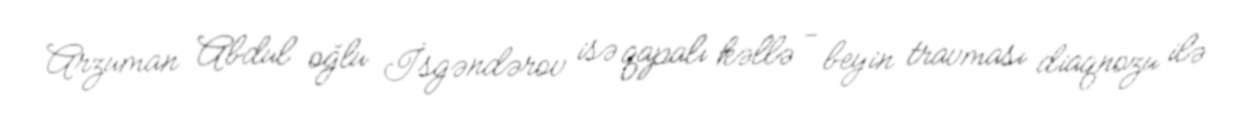
Arzuman Abdul oğlu İsgəndərov isə qapalı kəllə - beyin travması diaqnozu ilə